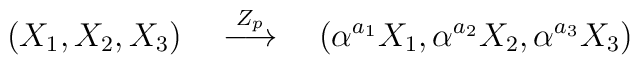
(X_1, X_2, X_3)~~~\stackrel{Z_p}{\longrightarrow}~~~(\alpha^{a_1}X_1, \alpha^{a_2}X_2, \alpha^{a_3}X_3)